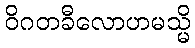
ဝိဂတခီလောဟမသ္မိ